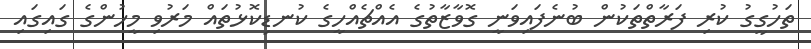
ތަހުގީގު ކުރި ފަރާތްތަކުން ބުނެފައިވަނީ ގޮވާޒާތުގެ އެއްޗެއްހީގެ ކުނޑިކޮޅުތައް މަރުވި މީހުންގެ ގައިގައި